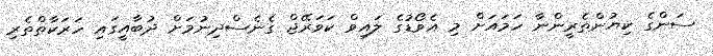
ސަންގެ ކިޔުންތެރީންނާ ހަމަައަށް މި އެވޯޑުގެ ލައިވް ކަވަރޭޖް ގެނެސްދިނުމަށް ދުބާއީގައި ހަރަކާތްތެރި